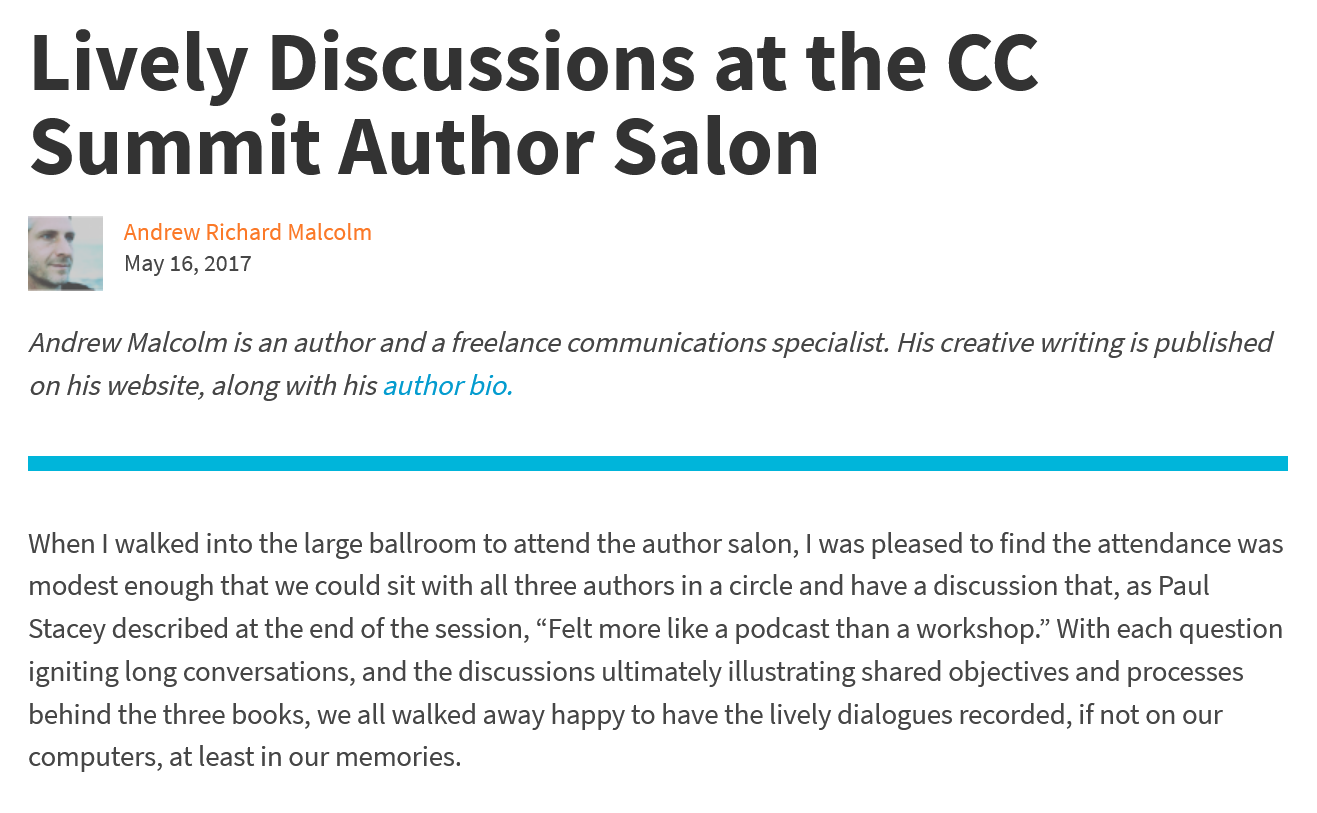
Lively    Discussions    at    the    CC
   Summit    Author    Salon
     Andrew Richard Malcolm
     May 16, 2017
   Andrew Malcolm is an author and a freelance communications specialist. His creative writing is published
   on his website, along with his author bio.
   When | walked into the large ballroom to attend the author salon, | was pleased to find the attendance was
   modest enough that we could sit with all three authors in a circle and have a discussion that, as Paul
   Stacey described at the end of the session, “Felt more like a podcast than a workshop.” With each question
   igniting long conversations, and the discussions ultimately illustrating shared objectives and processes
   behind the three books, we all walked away happy to have the lively dialogues recorded, if not on our
   computers, at least in our memories.